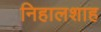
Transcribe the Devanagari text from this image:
निहालशाह